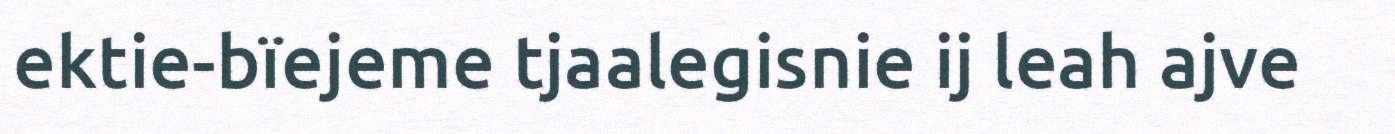
ektie-bïejeme tjaalegisnie ij leah ajve